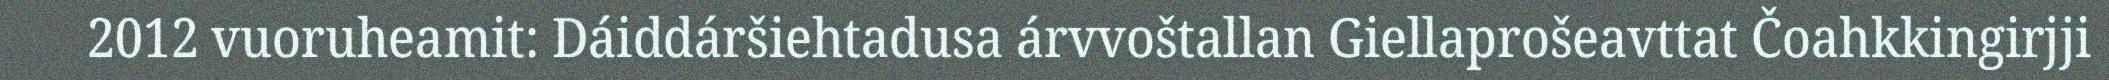
2012 vuoruheamit: Dáiddáršiehtadusa árvvoštallan Giellaprošeavttat Čoahkkingirjji